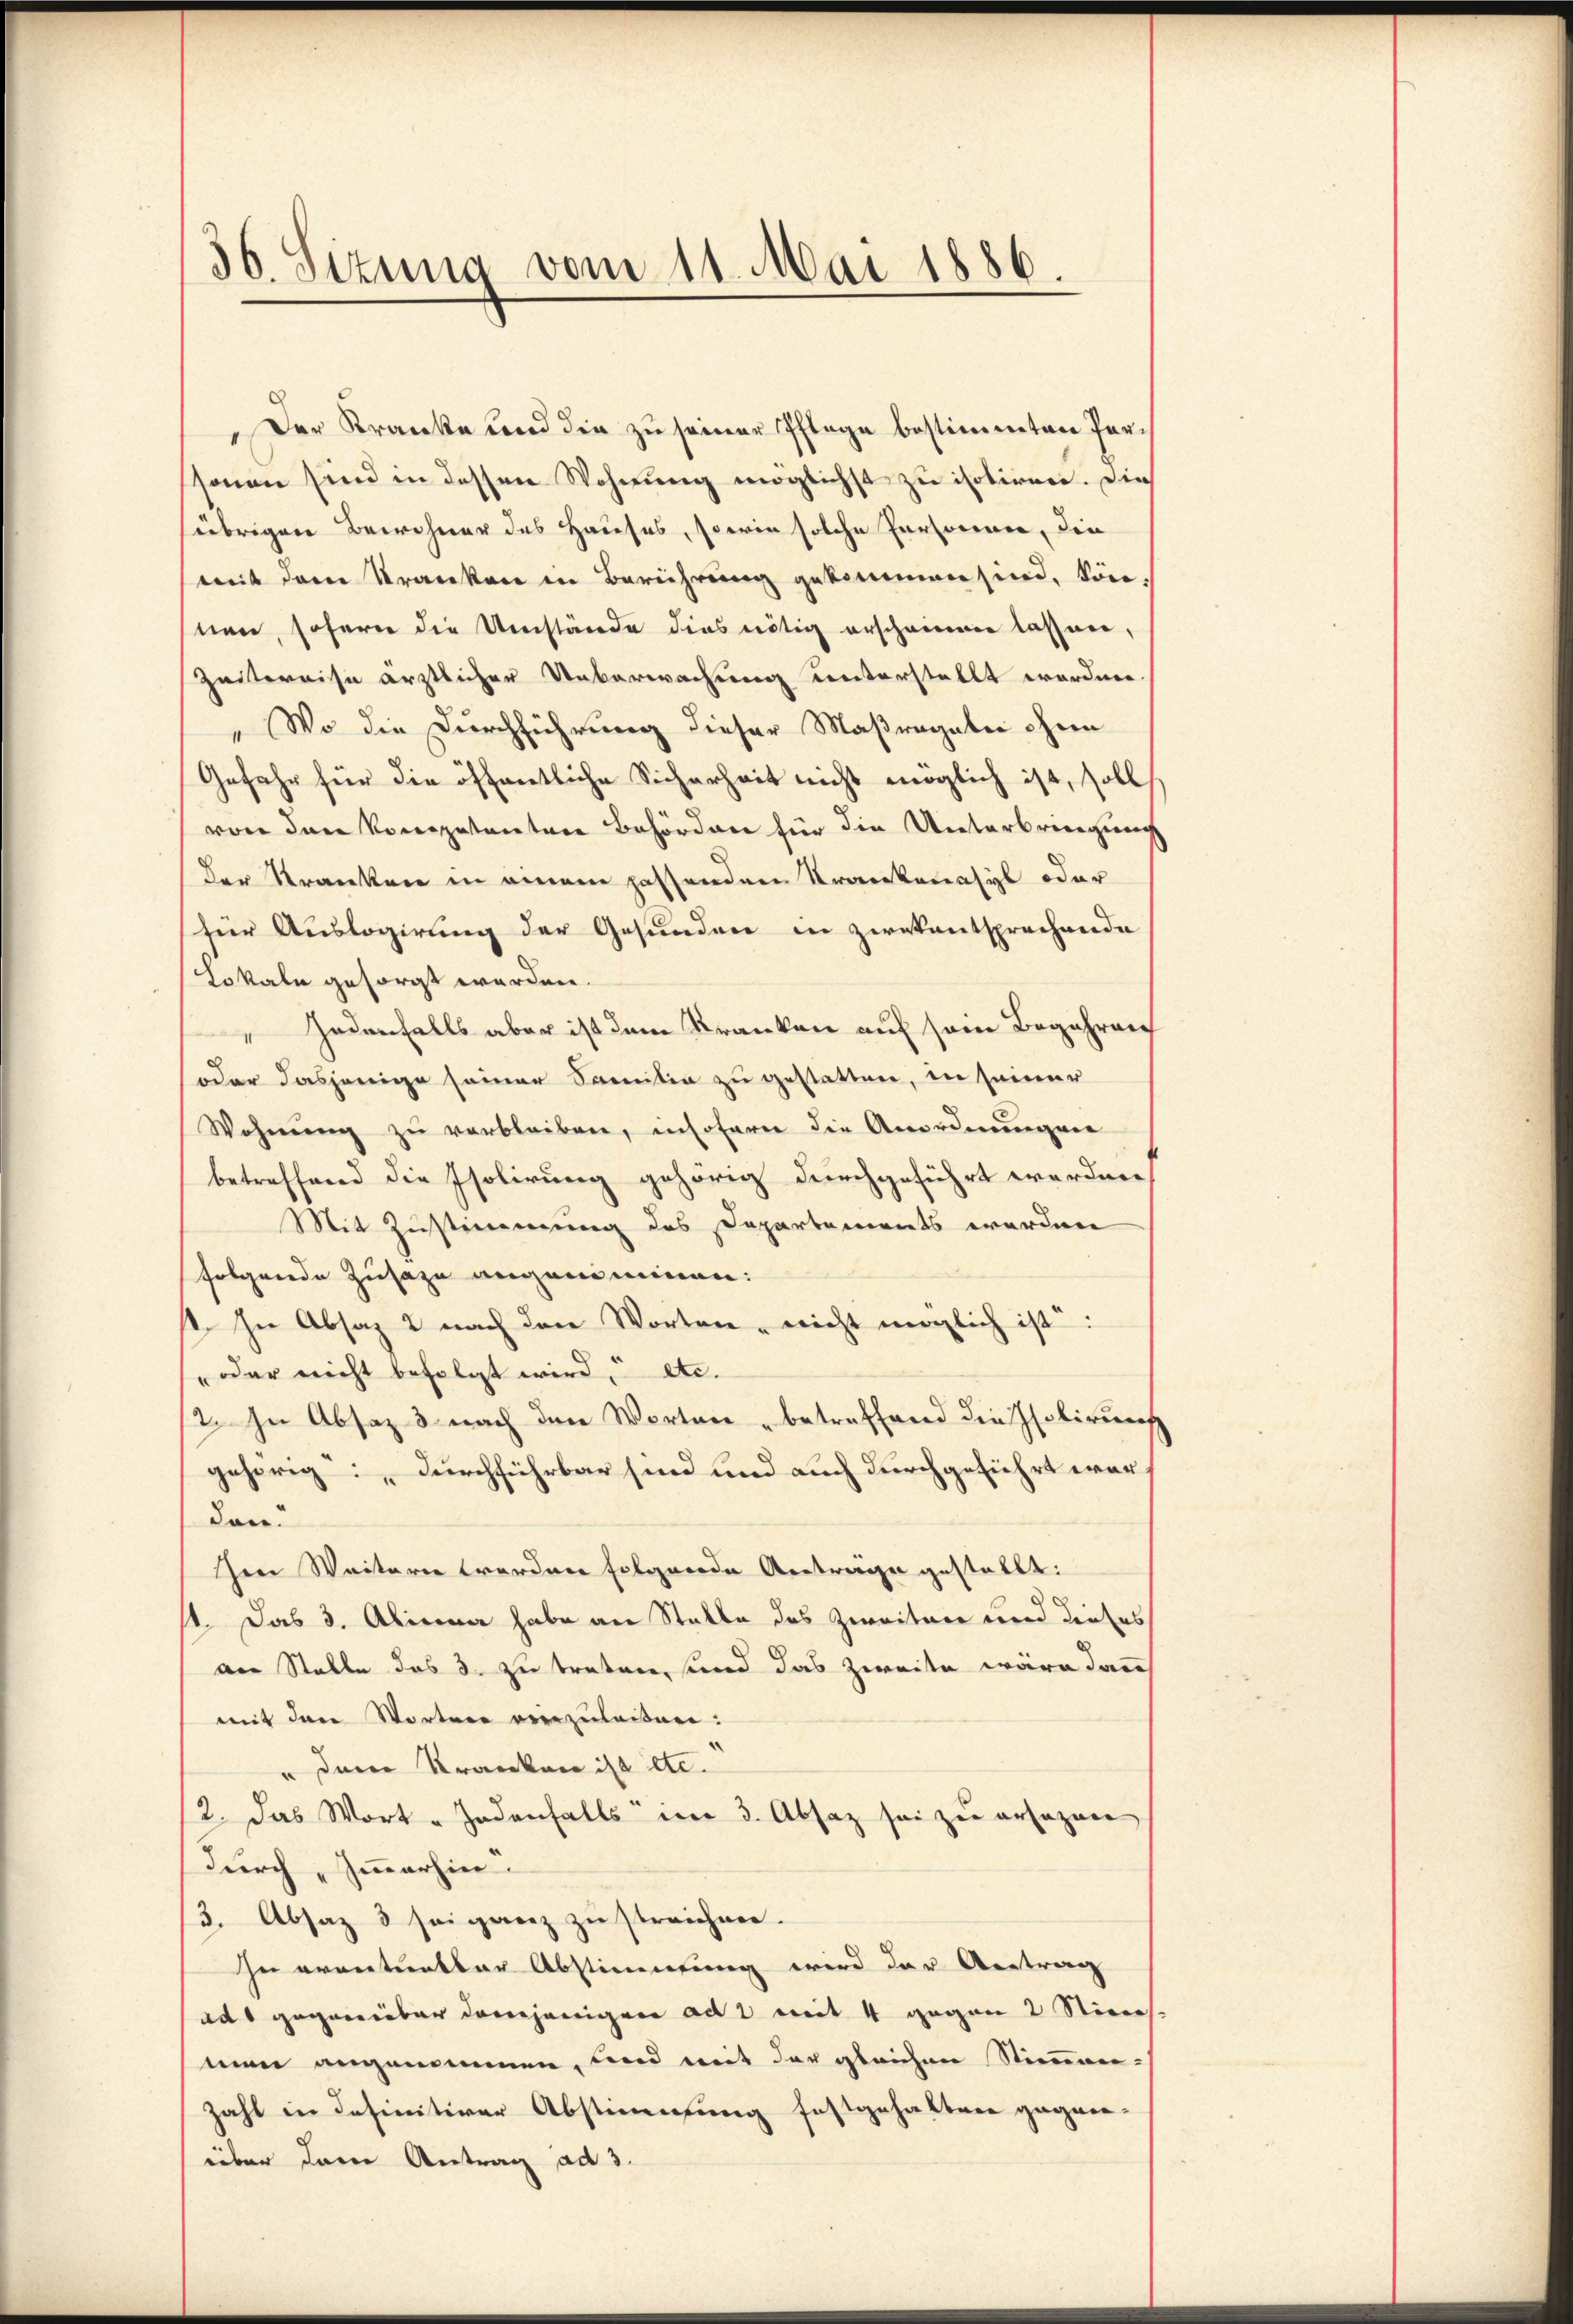
36. Sizung vom 11. Mai 1886.

Der Kranke und die zu seiner Pflege bestimmten Perssonen sind in dessen Wohnung möglichst zu isoliren. Die
sübrigen Bewohner des Hauses, sowie solche Personen, die
mit dem Kranken in Berührung gekommen sind, kön-
nen, sofern die Umstände dies nötig erscheinen lassen,
Zeitereise ärztlicher Ueberwachung unterstellt worden.
Wo die Durchführung dieser Maßregeln ohnen
Gefahr für die öffentliche Sicherheit nicht möglich ist, soll
von den Kompetentare Behörden für die Unterbringung
Der Kranken in einem passendern Krankenasyl oder
für Auslogierung der Gesunden in zwekentsprechende
Lokale gesorgt werden.
Jedenfalls aber ist dem Kranken auf sein Begehreng
oder dasjenige seiner Sanitia zu gestatten, in seiner
Wohnŭng zu verbleiben, insoferne die Anordnungene
betreffend die Isolirung gehörig durchgeführt werden
Mit Zustimmung des Departements werden
folgende Zusage angeniminen:
1. In Absaz 2 nach den Worten, nicht möglich ist:
oder nicht befolgt wird, etc.
2. In Absaz 3 nach den Worten betreffend die Isolirung
gehörig durchführbar sind und auch durchgeführt war,
don.
hen Weiteren worden folgende Antrage gestellt:
st. Das 3. Alina habe an Stalle des Zweiten und dieses
an Stelle das 3. zu treten, sind das zweite wäre dann
mit den Wortere vorzuleißen:
" den Kranken ist etc.
2. Das Wort „Jedenfalls im 3. Absaz sei zu ersagen
durch „Immerhin
3. Absaz 3 sei ganz zu streichnen.
In orantentar Abstimmung wird der Antrag
ad gegenüber derjenigen ad 2 mit 4 gegen 2 Stiers.
men angenommen, und mit der gleichen Stimmunzahl in definitiver Abstimmung festgehalten gegen-
über dem Antrag ad 3.